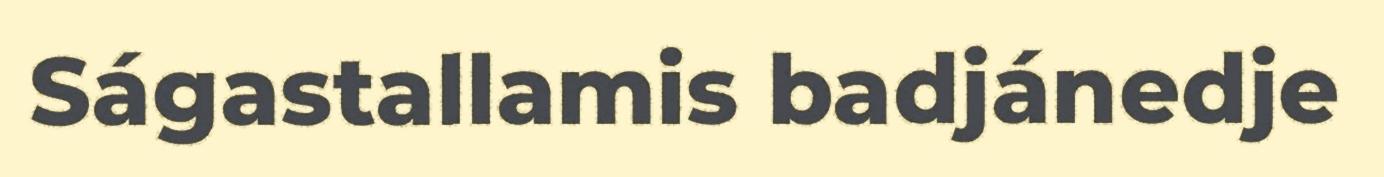
Ságastallamis badjánedje